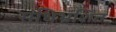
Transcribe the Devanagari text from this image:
संधिभ्रंशित